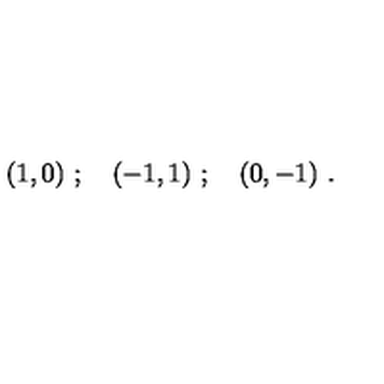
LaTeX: ( 1 , 0 ) \ ; \quad ( - 1 , 1 ) \ ; \quad ( 0 , - 1 ) \ .